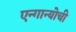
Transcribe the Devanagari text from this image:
एन्गान्योची